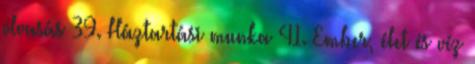
olvasás 39. Háztartási munka 41. Ember, élet és víz